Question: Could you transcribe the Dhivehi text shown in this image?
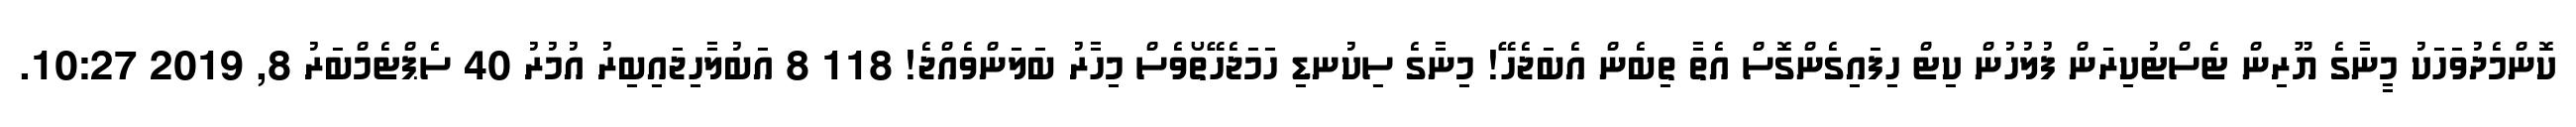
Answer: ކޮންމެދުވަހަކު މީނާގެ ޔޫރިން ޓެސްޓުކިރަން ފުލުހުން ކިޓް ހިފައިގެންގޮސް އެތާ ތިބެން އެބަޖެހޭ! މިނާގެ ސިކުނޑި ހަމަޖެހޭތޯވެސް މިހާރު ބަލަންވެއްޖެ! 118 8 އަބުލާހިޖައިބިރު އުމުރު 40 ސެޕްޓެމްބަރު 8, 2019 10:27.